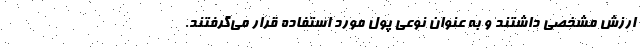
ارزش مشخصی داشتند و به عنوان نوعی پول مورد استفاده قرار می‌گرفتند.